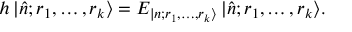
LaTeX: h \, | \hat { n } ; r _ { 1 } , \ldots , r _ { k } \rangle = E _ { | n ; r _ { 1 } , \ldots , r _ { k } \rangle } \, | \hat { n } ; r _ { 1 } , \ldots , r _ { k } \rangle .